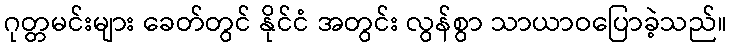
ဂုတ္တမင်းများ ခေတ်တွင် နိုင်ငံ အတွင်း လွန်စွာ သာယာဝပြောခဲ့သည်။